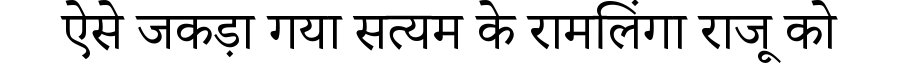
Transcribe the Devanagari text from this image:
ऐसे जकड़ा गया सत्यम के रामलिंगा राजू को